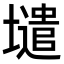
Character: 𡒌